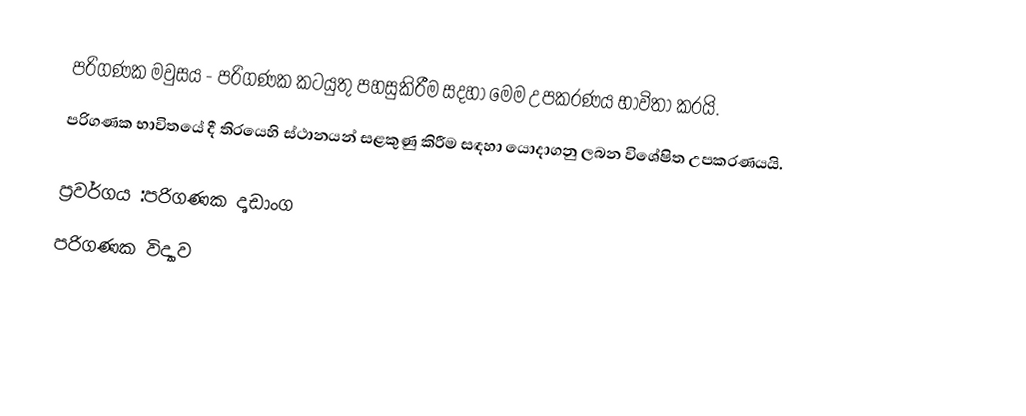
පරිගණක මවුසය - පරිගණක කටයුතු පහසුකිරීම සදහා මෙම උපකරණය භාවිතා කරයි.
පරිගණක භාවිතයේ දී තිරයෙහි ස්ථානයන් සළකුණු කිරීම සඳහා යොදාගනු ලබන විශේෂිත උපකරණයයි.

ප්‍රවර්ගය :පරිගණක දෘඩාංග
පරිගණක විද්‍යාව